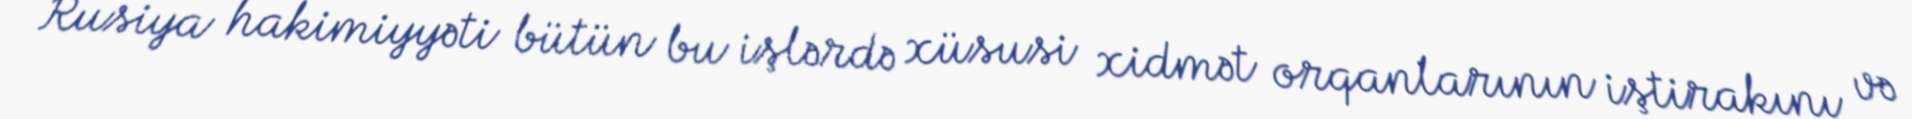
Rusiya hakimiyyəti bütün bu işlərdə xüsusi xidmət orqanlarının iştirakını və